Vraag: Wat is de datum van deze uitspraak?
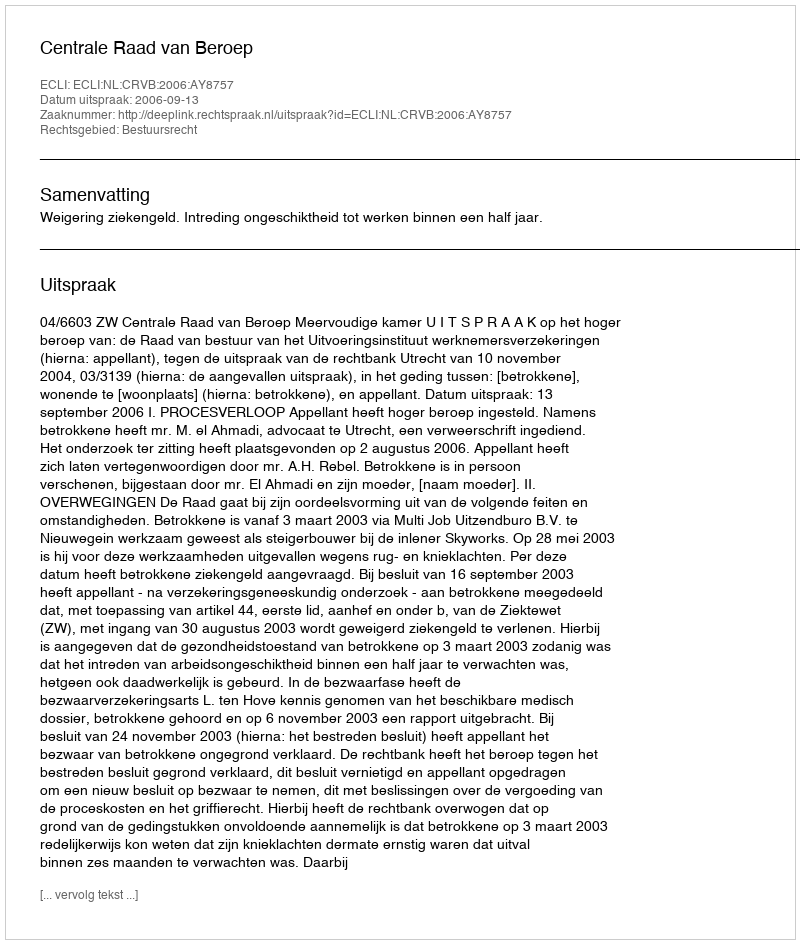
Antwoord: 2006-09-13